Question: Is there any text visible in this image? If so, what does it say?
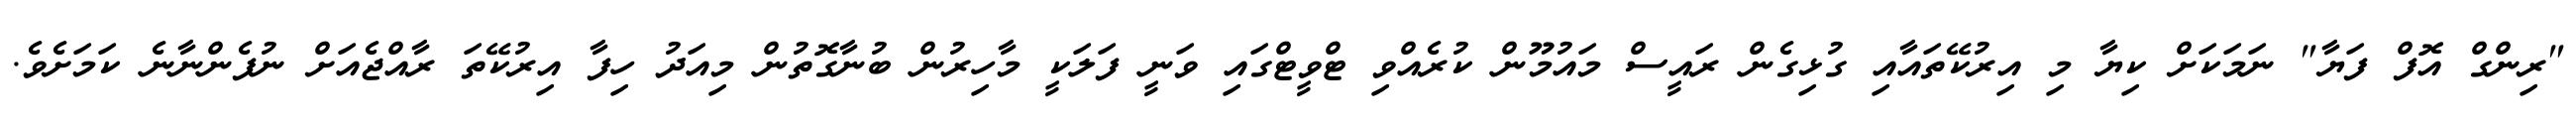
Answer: "ރިންގް އޮފް ފަޔާ" ނަމަކަށް ކިޔާ މި އިރުކޭތައާއި ގުޅިގެން ރައީސް މައުމޫން ކުރެއްވި ޓްވީޓްގައި ވަނީ ފަލަކީ މާހިރުން ބުނާގޮތުން މިއަދު ހިފާ އިރުކޭތަ ރާއްޖެއަށް ނުފެންނާނެ ކަމަށެވެ.